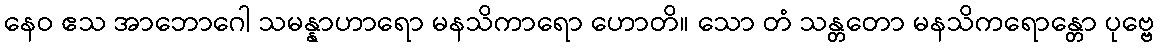
နေဝ ဧသ အာဘောဂေါ သမန္နာဟာရော မနသိကာရော ဟောတိ။ သော တံ သန္တတော မနသိကရောန္တော ပုဗ္ဗေ